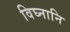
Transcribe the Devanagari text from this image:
विघ्नानि